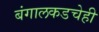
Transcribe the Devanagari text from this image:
बंगालकडचेही